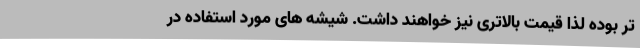
تر بوده لذا قیمت بالاتری نیز خواهند داشت. شیشه های مورد استفاده در